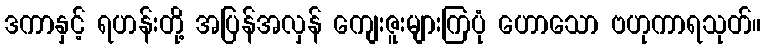
ဒကာနှင့် ရဟန်းတို့ အပြန်အလှန် ကျေးဇူးများကြပုံ ဟောသော ဗဟုကာရသုတ်။